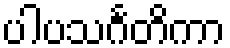
ပါပသင်္ဂတိကာ